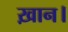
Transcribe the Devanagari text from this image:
ख़ान।